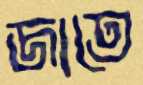
জাতে